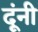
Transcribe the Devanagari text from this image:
दूंनी